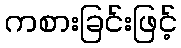
ကစားခြင်းဖြင့်